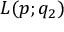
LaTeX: L ( p ; q _ { 2 } )